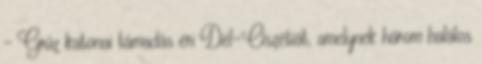
– Grúz katonai támadás éri Dél-Oszétiát, amelynek három halálos